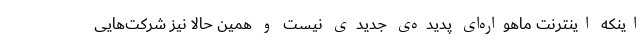
اینکه اینترنت ماهواره‌ای پدیده‌ی جدیدی نیست و همین حالا نیز شرکت‌هایی